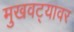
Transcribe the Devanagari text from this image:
मुखवट्यावर